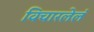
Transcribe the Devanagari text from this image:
विचारलेलं